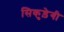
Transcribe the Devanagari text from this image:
सिकुड़ेगी